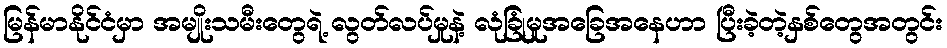
မြန်မာနိုင်ငံမှာ အမျိုးသမီးတွေရဲ့ လွတ်လပ်မှုနဲ့ လုံခြုံမှုအခြေအနေဟာ ပြီးခဲ့တဲ့နှစ်တွေအတွင်း